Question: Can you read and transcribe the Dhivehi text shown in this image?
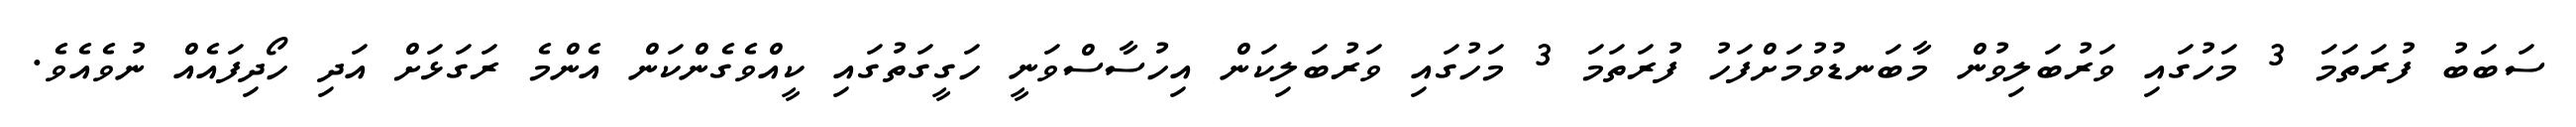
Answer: ސަބަބު ފުރަތަމަ 3 މަހުގައި ވަރުބަލިވުން މާބަނޑުވުމަށްފަހު ފުރަތަމަ 3 މަހުގައި ވަރުބަލިކަން އިހުސާސްވަނީ ހަގީގަތުގައި ކީއްވެގެންކަން އެންމެ ރަގަޅަށް އަދި ހޯދިފައެއް ނުވެއެވެ.